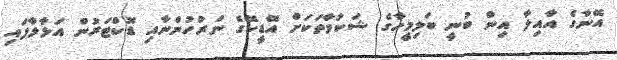
އޭނާގެ އާއިލާ އިން ބުނީ ބަލިމީހާގެ ޝަކުވާތަކަށް އޭޑީކޭގެ ނަރުހުންނާއި ޑޮކްޓަރުން އަޅާލާފައި